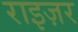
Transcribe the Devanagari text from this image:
राइज़र